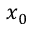
x _ { 0 }